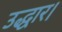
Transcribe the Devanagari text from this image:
उद्धार।